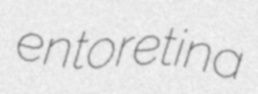
entoretina